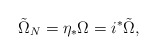
\begin{align*}\tilde \Omega_N = \eta_* \Omega = i^* \tilde \Omega,\end{align*}